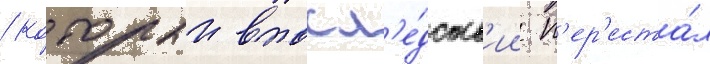
/ которыи впосл'е́дств'ии п'ер'еста́л